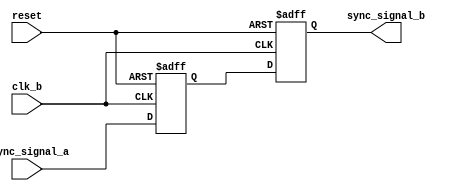
module Signal_Level_Crossing_Synchronizer (
    input wire clk_b,           // Clock for Domain B
    input wire async_signal_a,  // Asynchronous input signal from Domain A
    input wire reset,           // Optional reset signal
    output reg sync_signal_b    // Synchronized output signal in Domain B
);

    // Internal signal to hold the first stage of synchronization
    reg ff1;

    // Always block for synchronized signal sampling
    always @(posedge clk_b or posedge reset) begin
        if (reset) begin
            ff1 <= 1'b0;           // Reset the first FF
            sync_signal_b <= 1'b0; // Reset the output signal
        end else begin
            ff1 <= async_signal_a;  // Sample the asynchronous signal in Domain B
            sync_signal_b <= ff1;    // Second FF samples the output of the first FF
        end
    end

endmodule